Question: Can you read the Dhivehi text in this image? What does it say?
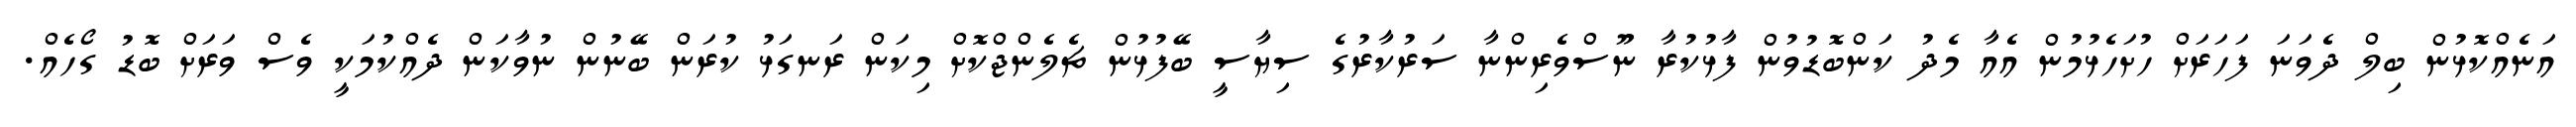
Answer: އަނެއްކޮޅުން ބިލް ދެވަނަ ފަހަރަށް ހުށަހެޅުމުން އެއާ މެދު ކަންބޮޑުވުން ފާޅުކުރާ ނޫސްވެރިންނާ ސަރުކާރުގެ ސިޔާސީ ބޭފުޅުން ޗެލެންޖްކޮށް މިކަން ރަނގަޅު ކުރަން ބޭނުން ނުވާކަން ދެއްކުމަކީ ވެސް ވަރަށް ބޮޑު ގޯހެއް.